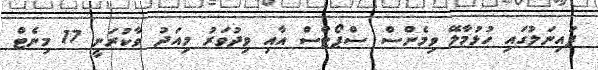
ފައިނަލުގައި ހުޅުމާލޭ ވިމެންސް ސްޕޯޓްސް އާއި ވިދުވަރު މިއަދު ވާކުރަނީ 17 މިނެޓް